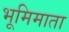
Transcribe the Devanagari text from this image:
भूमिमाता